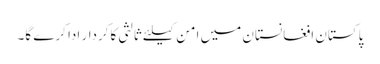
پاکستان افغانستان میں امن کیلئے ثالثی کاکردار ادا کرے گا۔